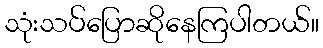
သုံးသပ်ပြောဆိုနေကြပါတယ်။